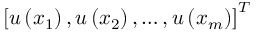
\left[ u \left( x _ { 1 } \right) , u \left( x _ { 2 } \right) , \ldots , u \left( x _ { m } \right) \right] ^ { T }